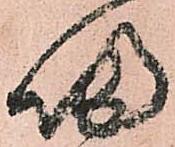
帰